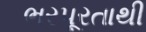
ભરપૂરતાથી